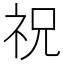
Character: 祝